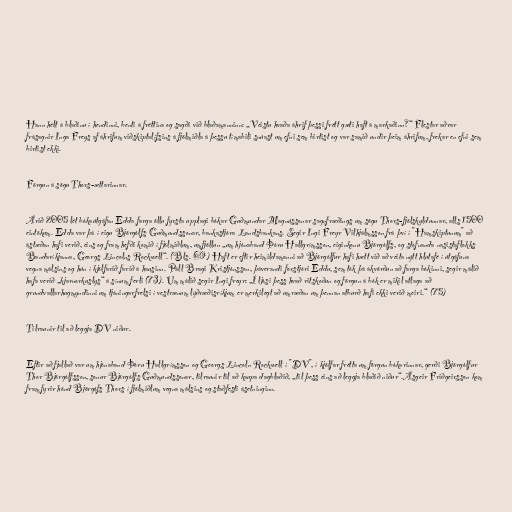
Hann hélt á blaðinu í hendinni, benti á fréttina og sagði við blaðamanninn: „Veistu hvaða áhrif þessi frétt gæti haft á markaðinn?“ Flestar aðrar
frásagnir Inga Freys af áhrifum viðskiptalífsins á fjölmiðla á þessu tímabili snúast um efni sem birtist og var samið undir þeim áhrifum, frekar en efni sem
birtist ekki.

Förgun á sögu Thors-ættarinnar.

Árið 2005 lét bókaútgáfan Edda farga öllu fyrsta upplagi bókar Guðmundar Magnússonar sagnfræðings um sögu Thors-fjölskyldunnar, alls 1500
eintökum. Edda var þá í eigu Björgólfs Guðmundssonar, bankastjóra Landsbankans. Segir Ingi Freyr Vilhjálmsson frá því í "Hamskiptunum" að
ástæðan hafi verið, eins og fram hefði komið í fjölmiðlum, umfjöllun „um hjónaband Þóru Hallgrímsson, eiginkonu Björgólfs, og stofnanda nasistaflokks
Bandaríkjanna, Georgs Lincolns Rockwell“. (Bls. 69) Haft er eftir heimildamanni að Björgólfur hafi hætt við að veita nýtt hlutafé í útgáfuna
vegna málsins og hún í kjölfarið farið á hausinn. Páll Bragi Kristjónsson, þáverandi forstjóri Eddu, sem tók þá ákvörðun að farga bókinni, segir málið
hafa verið „kjarnorkuslys“ á sínum ferli (73). Um málið segir Ingi freyr: „Í ljósi þess hvað ritskoðun og förgun á bók er mikil atlaga að
grundvallarhugmyndinni um tjáningarfrelsi í vestrænum lýðræðisríkjum er merkilegt að umræðan um þennan atburð hafi ekki verið meiri.“ (75)

Tilraunir til að leggja DV niður.

Eftir að fjallað var um hjónaband Þóru Hallgrímsson og Georgs Lincoln Rockwell í "DV", í kjölfar frétta um förgun bókarinnar, gerði Björgólfur
Thor Björgólfsson, sonur Björgólfs Guðmundssonar, tilraunir til að kaupa dagblaðið, „til þess eins að leggja blaðið niður“.Ásgeir Friðgeirsson kom
fram fyrir hönd Björgófs Thors í fjölmiðlum vegna málsins og staðfesti ásetninginn.